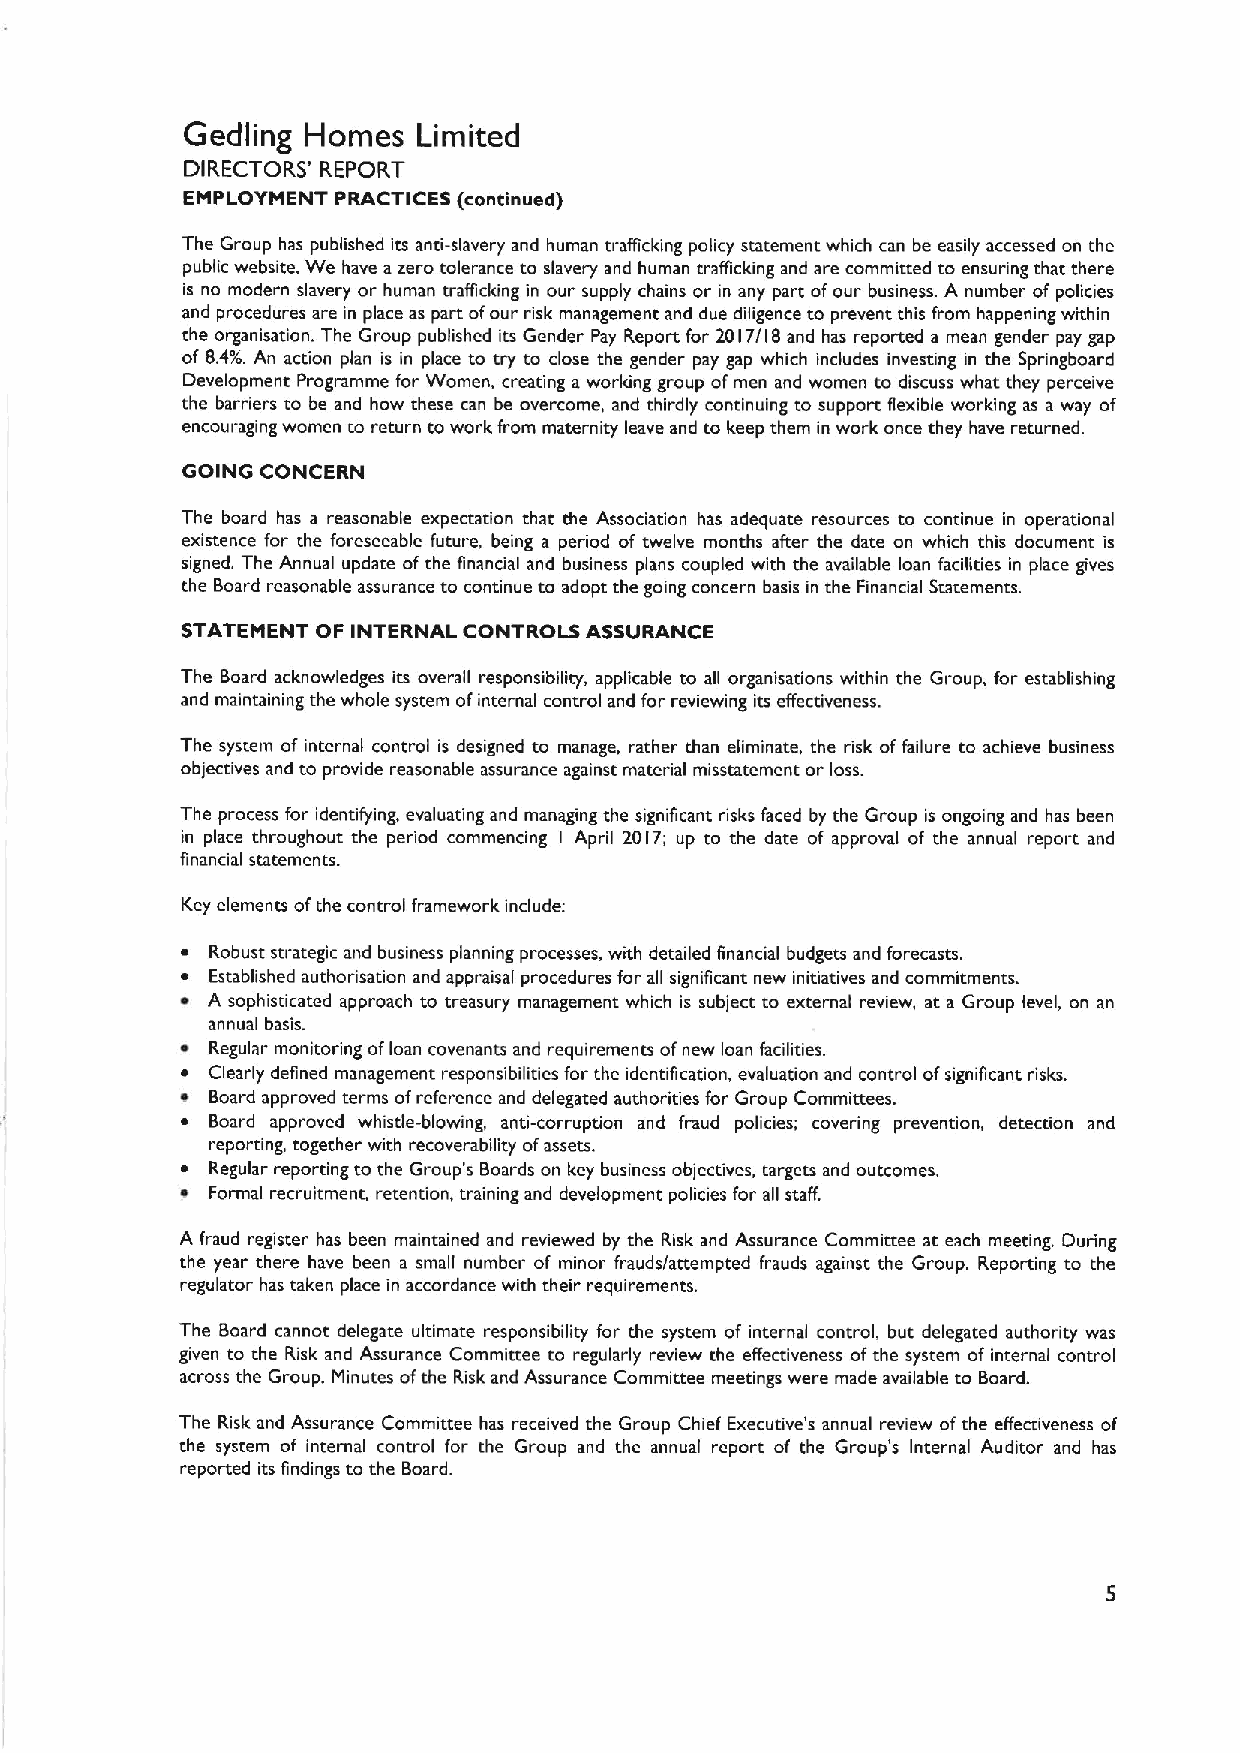
Gedling Homes   Limited
 DIRECTORS' REPORT
 EMPLOYMENT PRACTICES (continued)
 The Group has published its anti-slavery and human trafficking policy statement which can be easily accessed on the
 public website. We have azero tolerance to slavery and human trafficking and are committed to ensuring that there
 is no modern slavery or human trafficking in our supply chains or in any part of our business. A number of policies
 and procedures are in place as part ofour risk management and due diligence to prevent this from happening within
 the organisation. The Group published its Gender Pay Report for 2017/18 and has reported a mean gender pay gap
 4'.
 of 8. An action plan is in place to try to close the gender pay gap which includes investing in the Springboard
 Development Programme for Women, creating a working group ofmen and women to discuss what they perceive
 the barriers to be and how these can be overcome, and thirdly continuing to support Rexible working as a way of
 encouraging women to return to work from maternity leave and to keep them in work once they have returned.
 GOING CONCERN
 The board has a reasonable expectation that the Association has adequate resources to continue in operational
 existence for the foreseeable future, being a period of twelve months after the date on which this document is
 signed. The Annual update ofthe financial and business plans coupled with the available loan facilities in place gives
 the Board reasonable assurance to continue to adopt the going concern basis in the Financial Statements.
 STATEMENT OF INTERNAL CONTROLS ASSURANCE
 The Board acknowledges its overall responsibility, applicable to all organisations within the Group, for establishing
 and maintaining the whole system ofinternal control and for reviewing its effectiveness.
 The system of internal control is designed to manage, rather than eliminate, the risk of failure to achieve business
 objectives and to provide reasonable assurance against material misstatement or loss.
 The process for identifying, evaluating and managing the significant risks faced by the Group is ongoing and has been
 in place throughout the period commencing I April 20I7; up to the date of approval of the annual report and
 financial statements.
 Key elements ofthe control framework include:
 ~ Robust strategic and business planning processes, with detailed financial budgets and forecasts.
 ~ Established authorisation and appraisal procedures for all significant new initiatives and commitments.
 ~ A sophisticated approach to treasury management which is subject to external review, at a Group level, on an
 annual basis.
 ~ Regular monitoring ofloan covenants and requirements ofnew loan facilities.
 ~ Clearly defined management responsibilities for the identification, evaluation and control ofsignificant risks.
 ~ Board approved terms ofreference and delegated authorities for Group Committees.
 ~ Board approved whistle-blowing, anti-corruption and fraud policies; covering prevention, detection and
 reporting, together with recoverability ofassets.
 ~ Regular reporting to the Group's Boards on key business objectives, targets and outcomes.
 ~ Formal recruitment, retention, training and development policies for all staff.
 A fraud register has been maintained and reviewed by the Risk and Assurance Committee at each meeting. During
 the year there have been a small number of minor frauds/attempted frauds against the Group. Reporting to the
 regulator has taken place in accordance with their requirements.
 The Board cannot delegate ultimate responsibility for the system of internal control, but delegated authority was
 given to the Risk and Assurance Committee to regularly review the effectiveness ofthe system of internal control
 across the Group. Minutes ofthe Risk and Assurance Committee meetings were made available to Board.
 The Risk and Assurance Committee has received the Group Chief Executive's annual review ofthe effectiveness of
 the system of internal control for the Group and the annual report of the Group's Internal Auditor and has
 reported its findings to the Board.